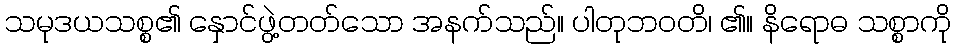
သမုဒယသစ္စ၏ နှောင်ဖွဲ့တတ်သော အနက်သည်။ ပါတုဘဝတိ၊ ၏။ နိရောဓ သစ္စာကို